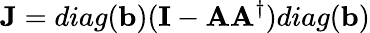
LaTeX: {\mathbf J}=diag({\mathbf b})({\mathbf I}-{\mathbf A}{\mathbf A}^{\dagger})diag({\mathbf b})